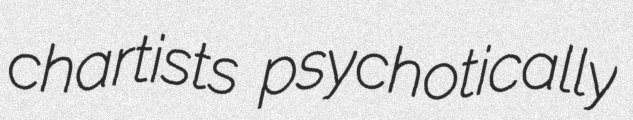
chartists psychotically